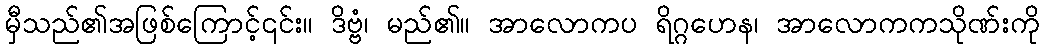
မှီသည်၏အဖြစ်ကြောင့်၎င်း။ ဒိဗ္ဗံ၊ မည်၏။ အာလောကပ ရိဂ္ဂဟေန၊ အာလောကကသိုဏ်းကို